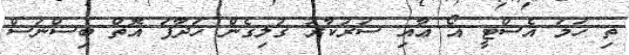
ތި ހަމަ އެސްޓީ އޯ ޢާއި ސަރުކާރު ގުލިގެން ހަދާފަ އޮތް ބިސްނަސް